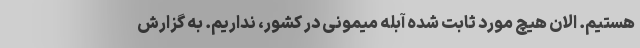
هستیم. الان هیچ مورد ثابت شده آبله میمونی در کشور، نداریم. به گزارش